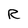
Character: R